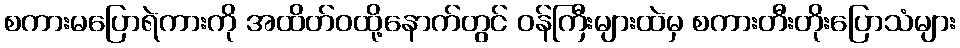
စကားမပြောရဲကားကို အထိတ်ဝထို့နောက်တွင် ဝန်ကြီးများထဲမှ စကားတီးတိုးပြောသံများ